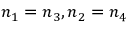
n _ { 1 } = n _ { 3 } , n _ { 2 } = n _ { 4 }